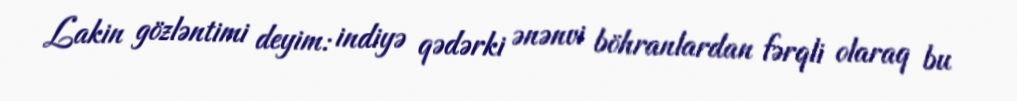
Lakin gözləntimi deyim: indiyə qədərki ənənvi böhranlardan fərqli olaraq bu